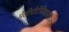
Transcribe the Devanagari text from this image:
मेसोपोटेमियामधील